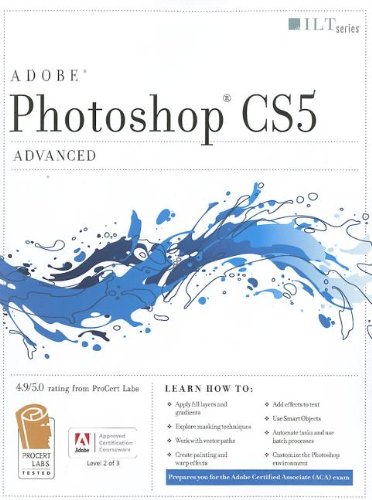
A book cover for Photoshop Cs5: Advanced, Aca Edition + Certblaster + Data (ILT); Computers & Technology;